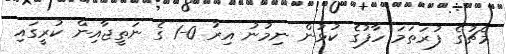
މެޗުގެ ފުރަތަމަ ހާފުގެ ކުޅުން ނިމުނު އިރު 0-1 ގެ ނަތީޖާއިން ކުރީގައި